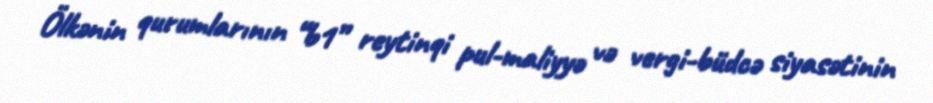
Ölkənin qurumlarının “b1” reytinqi pul-maliyyə və vergi-büdcə siyasətinin